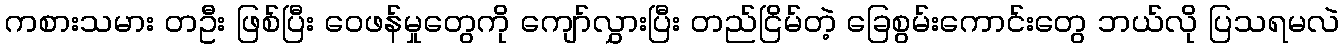
ကစားသမား တဦး ဖြစ်ပြီး ဝေဖန်မှုတွေကို ကျော်လွှားပြီး တည်ငြိမ်တဲ့ ခြေစွမ်းကောင်းတွေ ဘယ်လို ပြသရမလဲ